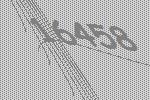
16458